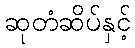
ဆုတံဆိပ်နှင့်